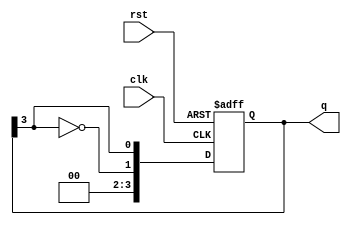
module ring_johnson_counter #(parameter n = 4) (
    input wire clk,          // Clock input
    input wire rst,          // Reset input
    output reg [n-1:0] q     // Counter output
);

// Sequential logic for the Johnson counter
always @(posedge clk or posedge rst) begin
    if (rst) begin
        // Initialize the counter to all zeros
        q <= 0;
    end else begin
        // Shift the bits and apply feedback
        q <= {~q[n-1], q[n-1:n-1]}; // Shift right and feedback inverted last bit
    end
end

endmodule